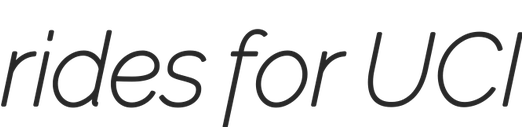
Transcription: rides for UCI